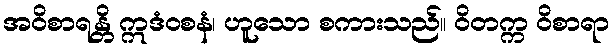
အဝိစာရန္တိ ဣဒံဝစနံ၊ ဟူသော စကားသည်။ ဝိတက္က ဝိစာရာ